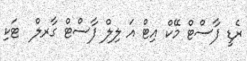
ރެޑީ ފާސްޓް މޭކް އިޓް އަ ލިލް ފާސްޓް ގާރލް  ޓަކި